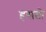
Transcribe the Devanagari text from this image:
हसतो